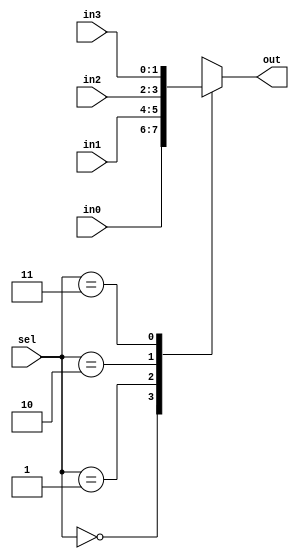
`timescale 1ns / 1ps
//////////////////////////////////////////////////////////////////////////////////
// Company: 
// Engineer: 
// 
// Design Name: 
// Module Name: MUX4
// Project Name: 
// Target Devices: 
// Tool Versions: 
// Description: 
// 
// Dependencies: 
// 
// Revision:
// Revision 0.01 - File Created
// Additional Comments:
// 
//////////////////////////////////////////////////////////////////////////////////


module MUX4_2b(

    input [1:0] in0,
    input [1:0] in1,
    input [1:0] in2,
    input [1:0] in3,
    input [1:0] sel,
    output reg [1:0] out

    );
    
    always @(*)
    begin
    
        case(sel)
            0: out = in0;
            1: out = in1;
            2: out = in2;
            3: out = in3;
            default: out = 0;
        endcase
    end    
endmodule